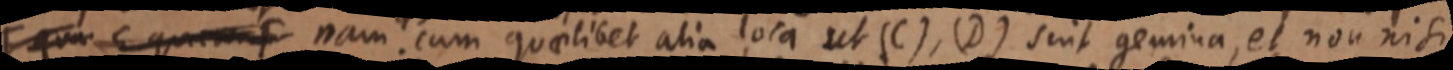
_ nam cum quaelibet alia loca ut (C), (D) sint gemina, et non nisi